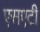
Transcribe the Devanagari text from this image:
एसएटी